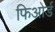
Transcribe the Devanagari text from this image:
फिओर्ड